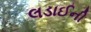
લડાઈની